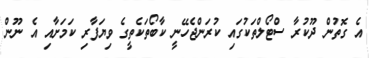
އެ ގޮތުން ދޫކުރާ ސްޓޯލްތަކުގައި ކުރަންޖެހޭނީ ކާބޯތަކެތީގެ ވިޔަފާރި ކަމަށާއި އެ ނޫން